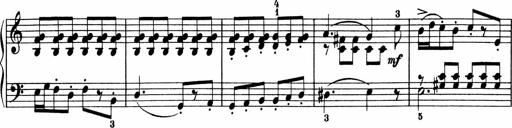
Title: 5 Sonatinen fÃ¼r die Jugend
Composer: Carl Reinecke